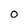
Character: O